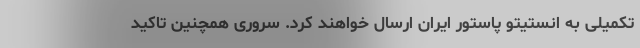
تکمیلی به انستیتو پاستور ایران ارسال خواهند کرد. سروری همچنین تاکید